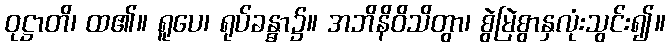
ဝုဋ္ဌာတိ၊ ထ၏။ ရူပေ၊ ရုပ်ခန္ဓာ၌။ အဘိနိဝိသိတွာ၊ စွဲမြဲစွာနှလုံးသွင်း၍။